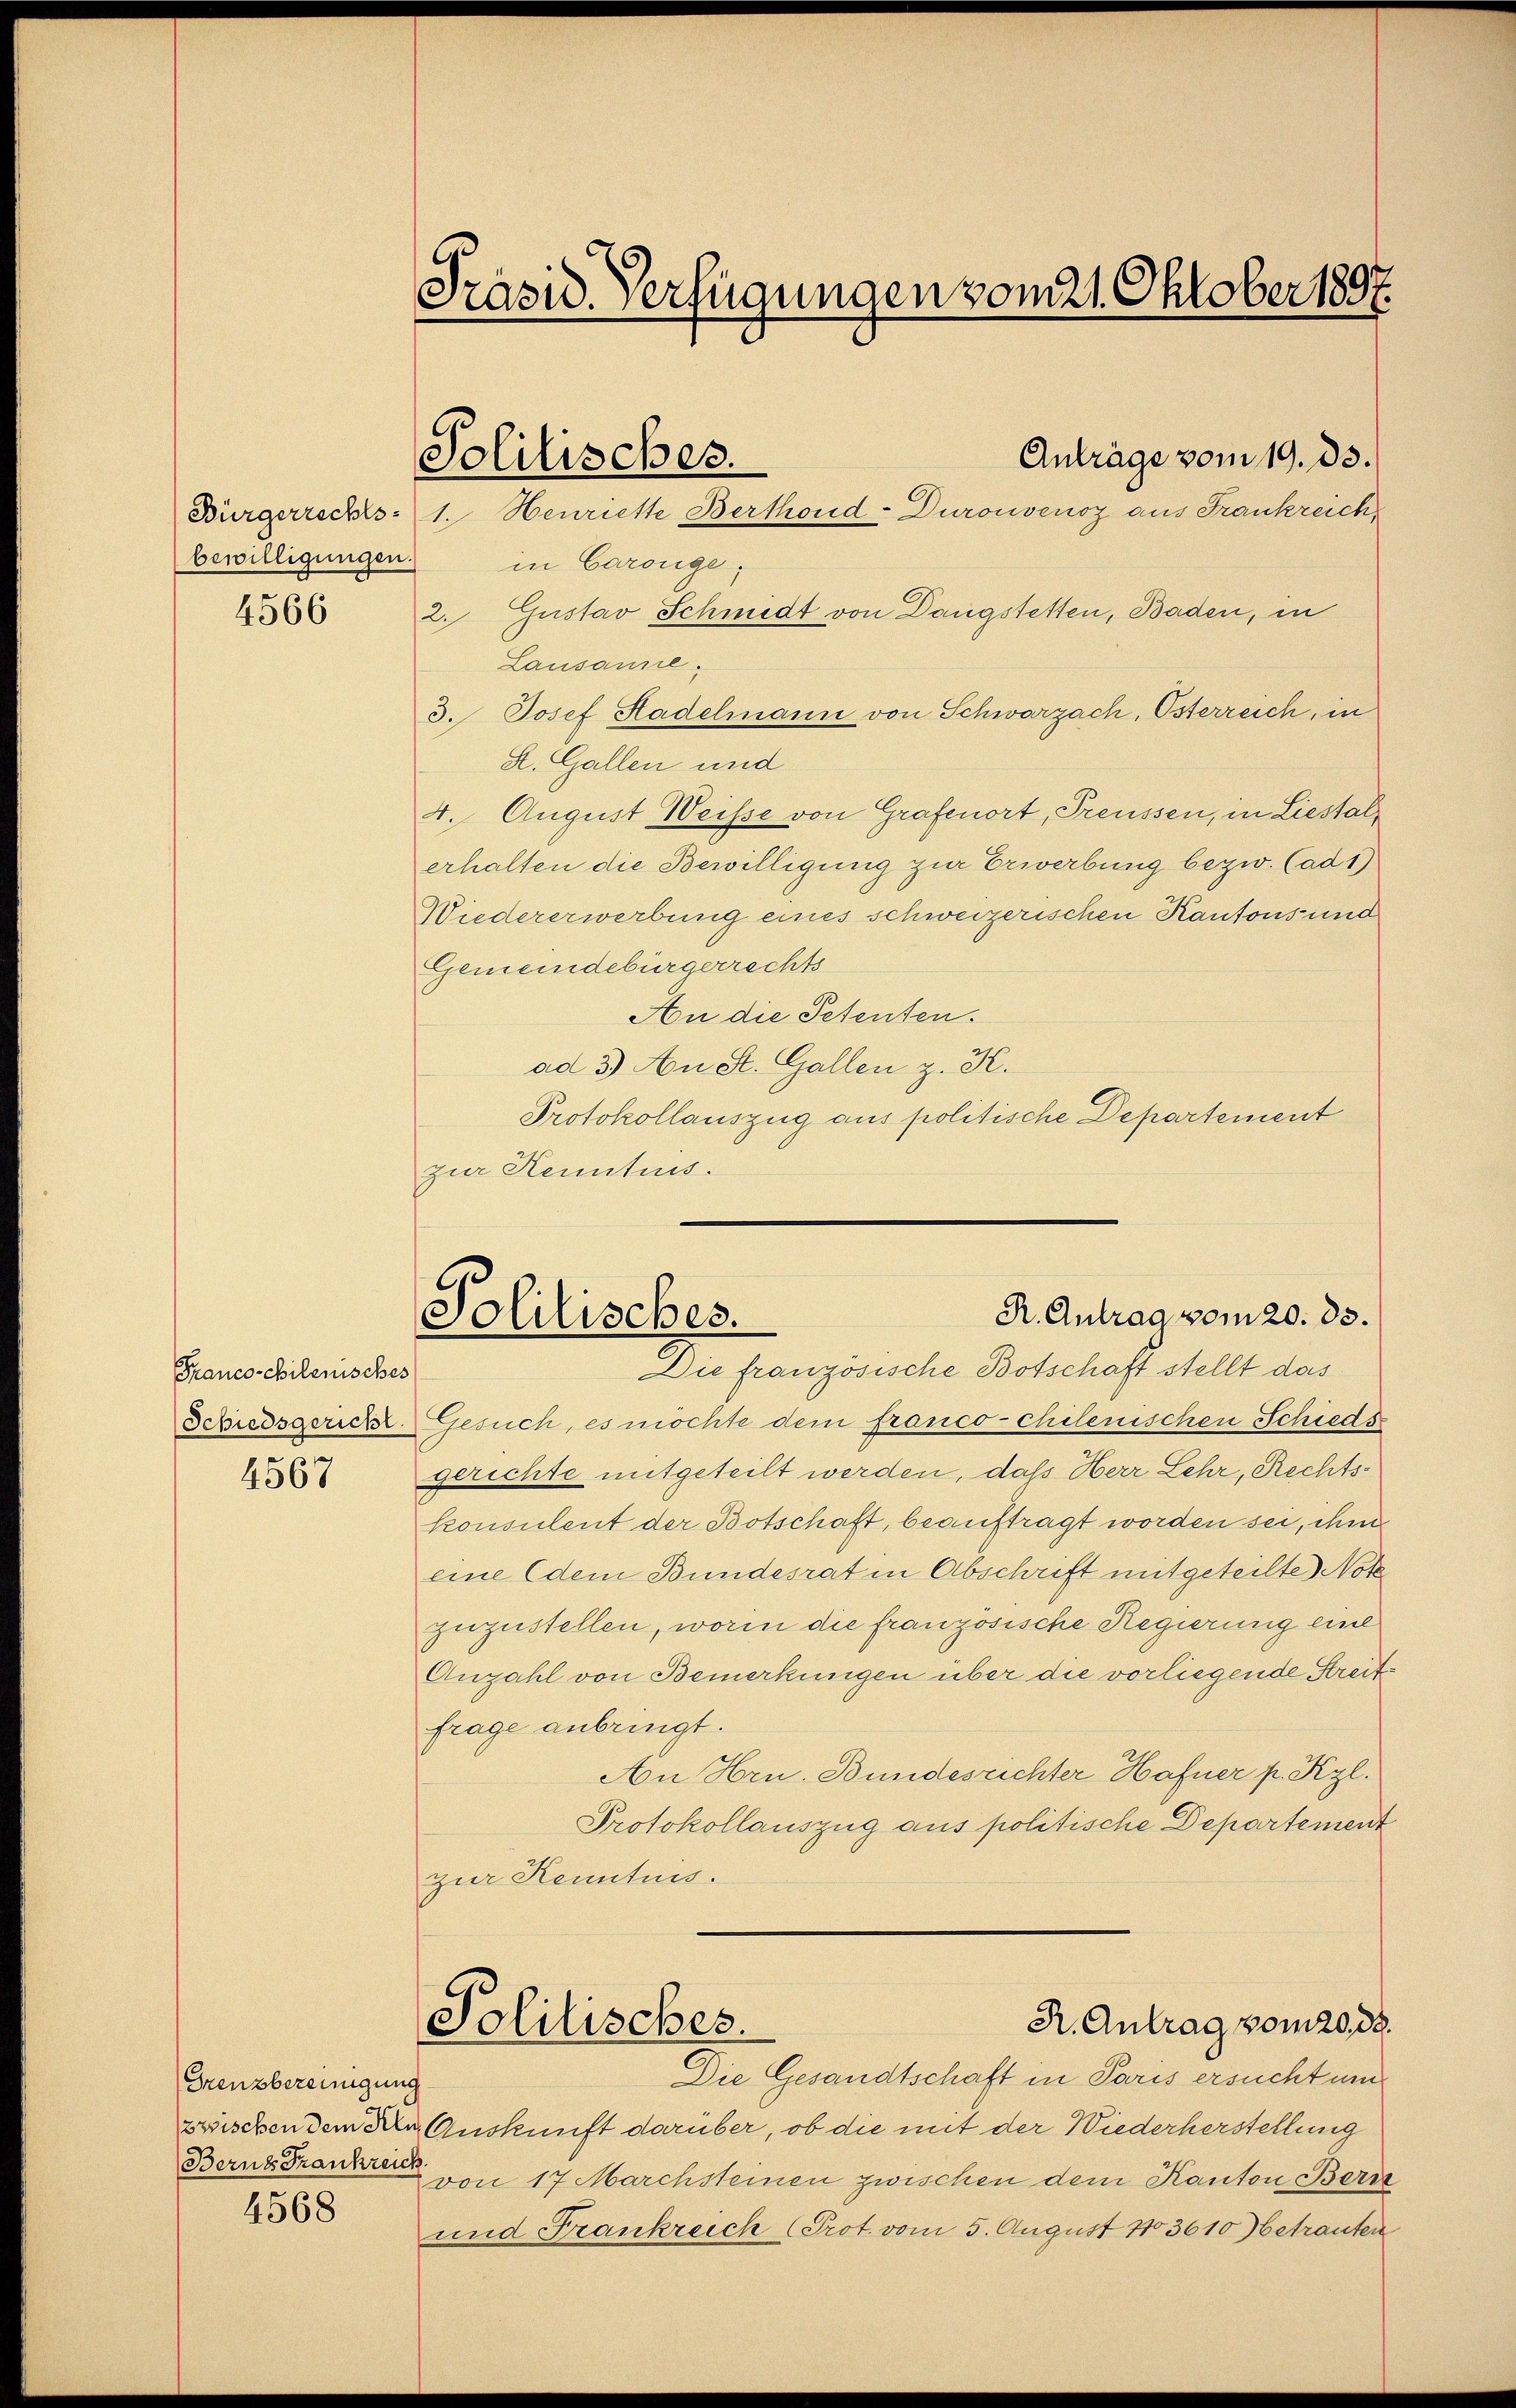
bewilligungen.

Franco-chilenisches
Schiedsgericht.
4567

Grenzbereinigung

4568

Präsid. Verfügungen vom 21. Oktober 1897.

in Carouge¬
 2. Gustav Schmidt von Dangstetten, Baden, in
Lausanne
3. Josef Hadelmann von Schwarzach, Osterreich, in
S. Gallen und
4. August Weisse von Grafenort, Preussen, in Liestalerhalten die Bewilligung zur Erwerbung bezw. Cad1)
Wiedererwerbung eines schweizerischen Kantons und
Gemeindebürgerrechts
An die Petenten.
ad 3.) An St. Gallen z. K.
Protokollauszug aus politische Departement
zur Kenntnis.

Solitisches.
Bürgerrechts- 1. Henrichte Berthoud-Duronvenoz aus Frankreich

Anträge vom 19. ds.

R. Antrag vom 20. 83.
Solitisches.
Die französische Botschaft stellt das

Gesuch, es möchte dem franco-chilenischen Schiedsgerichte mitgeteilt werden, daß Herr Lehr, Rechtskonsulent der Botschaft, beauftragt worden sei, ihm
eine (dem Bundesrat in Abschrift mitgeteilte Notz
zuzustellen, worin die französische Regierung eine
Anzahl von Bemerkungen über die vorliegende Streitfrage anbringt.
An Hrn. Bundesrichter Hafner p. Kgl.
Protokollauszug aus politische Departement
zur Kenntnis.
R. Antrag vom 20. 38.
Politisches.
Die Gesandtschaft in Paris ersucht um
zwischen dem Dr. Auskunft darüber, ob die mit der Wiederherstellung
Berne Franken von 17 Marchsteinen zwischen dem Kanton Bern
und Frankreich (Prot. vom 5. August 183610 betrauten